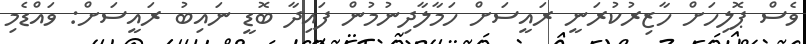
ވެސް ޕޮލިހަށް ހާޒިރުކުރަނީ ރައީސަށް ހަމާލާދިނުމުން ފައިދާ ބޮޑީ ނައިބު ރައީސަށް: ވައްޑެމި